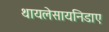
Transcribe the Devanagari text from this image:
थायलेसायनिडाए